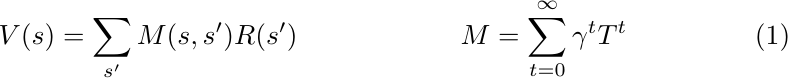
\begin{align}\label{SR_refactor}
    V(s) = \sum_{s'} M(s,s')R(s') && M = \sum^{\infty}_{t=0}\gamma^t T^t
\end{align}